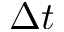
\Delta t